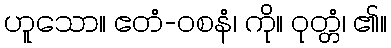
ဟူသော။ ဧတံ-ဝစနံ၊ ကို။ ဝုတ္တံ၊ ၏။